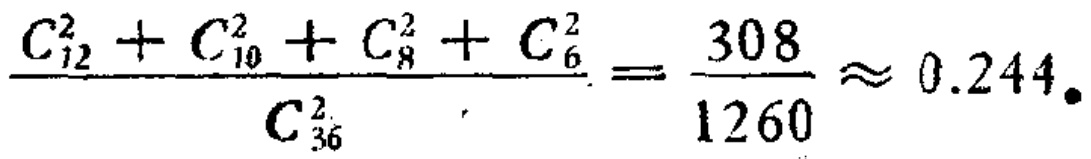
\frac{C_{12}^{2}+C_{10}^{2}+C_{8}^{2}+C_{6}^{2}}{C_{36}^{2}}=\frac{308}{1260}\approx 0.244